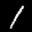
Label: 1